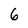
Character: 6